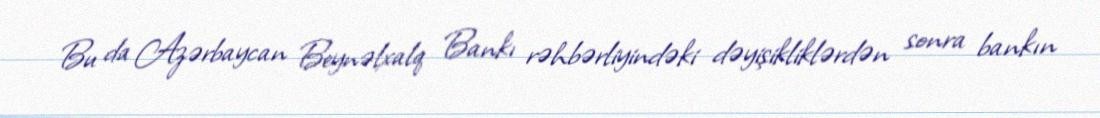
Bu da Azərbaycan Beynəlxalq Bankı rəhbərliyindəki dəyişikliklərdən sonra bankın